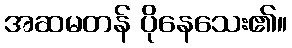
အဆမတန် ပိုနေသေး၏။